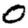
Digit: 0